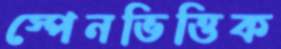
স্পেনভিত্তিক